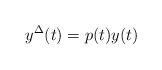
LaTeX: \begin{align*}y^{\Delta}(t)=p(t)y(t)\end{align*}